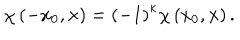
\chi \left( - x _ { 0 } , \mathbf { x } \right) = \left( - 1 \right) ^ { \kappa } \chi \left( x _ { 0 } , \mathbf { x } \right) .